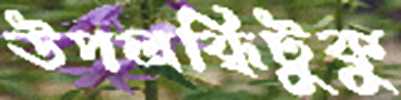
উপলব্ধিটুকু